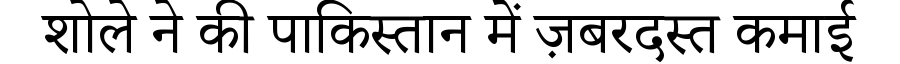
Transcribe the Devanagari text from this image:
शोले ने की पाकिस्तान में ज़बरदस्त कमाई